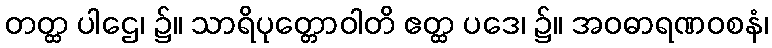
တတ္ထ ပါဌေ၊ ၌။ သာရိပုတ္တောဝါတိ ဧတ္ထ ပဒေ၊ ၌။ အဝဓာရဏဝစနံ၊